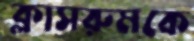
ক্লাসরুমকে